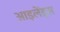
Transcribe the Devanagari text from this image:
आइलेंड्स